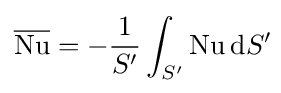
{\overline {\mathrm {Nu} }}=-{{1} \over {S'}}\int _{S'}^{}\mathrm {Nu} \,\mathrm {d} S'\!